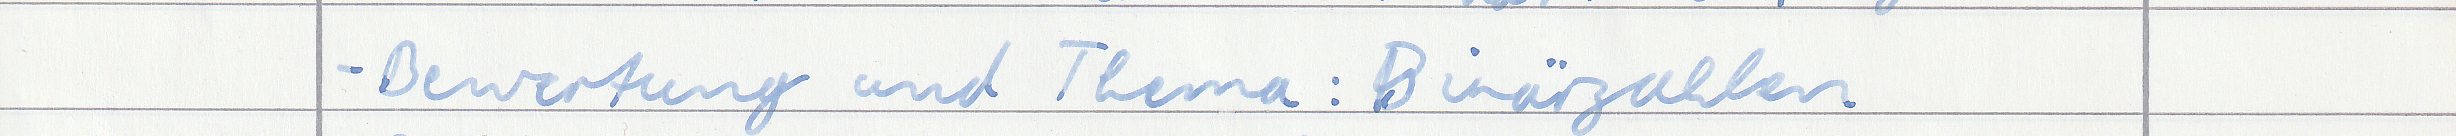
- Bewertung und Thema : Binärzahlen